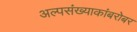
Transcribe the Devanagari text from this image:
अल्पसंख्याकांबरोबर